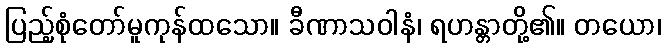
ပြည့်စုံတော်မူကုန်ထသော။ ခီဏာသဝါနံ၊ ရဟန္တာတို့၏။ တယော၊